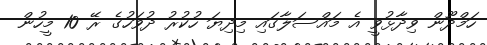
ހަމްދޫން ވިދާޅުވީ އެ މައްސަލާގައި މިދިޔަ ހުކުރު ދުވަހުގެ ރޭ 10 މީހުން